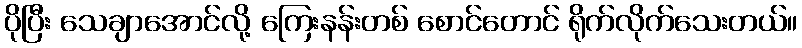
ပိုပြီး သေချာအောင်လို့ ကြေးနန်းတစ် စောင်တောင် ရိုက်လိုက်သေးတယ်။